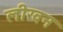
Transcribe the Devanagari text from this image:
लीखन